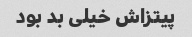
پیتزاش خیلی بد بود